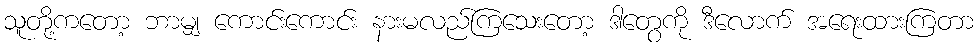
သူတို့ကတော့ ဘာမျှ ကောင်းကောင်း နားမလည်ကြသေးတော့ ဒါတွေကို ဒီလောက် အရေးထားကြတာ